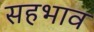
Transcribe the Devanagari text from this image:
सहभाव